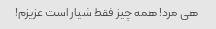
هی مرد! همه چیز فقط شیار است عزیزم!